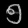
Digit: ၅